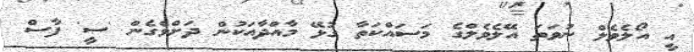
އީ އޯލެވެލް ނުވަތަ އޭލެވެލްގެ މަސައްކަތާ ގުޅޭ މާއްދާއަކުން ދަށްވެގެން 'ސީ' ފާސް